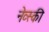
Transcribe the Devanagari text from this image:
नेव्स्की